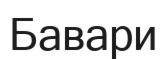
Бавари